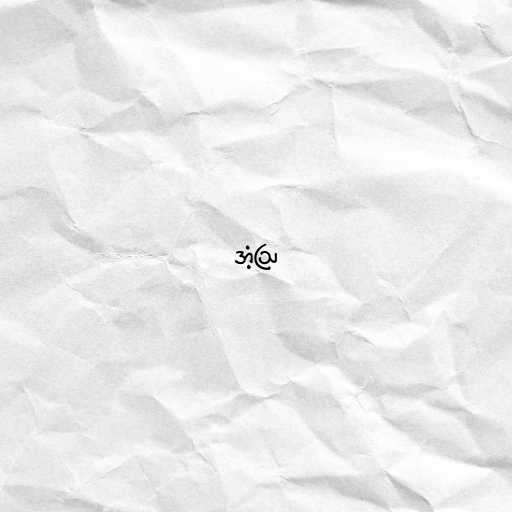
အံ့ဩ